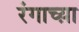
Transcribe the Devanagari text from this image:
रंगाच्य़ा